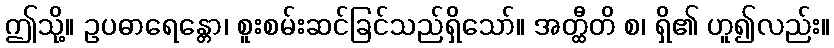
ဤသို့။ ဥပဓာရေန္တော၊ စူးစမ်းဆင်ခြင်သည်ရှိသော်။ အတ္ထီတိ စ၊ ရှိ၏ ဟူ၍လည်း။